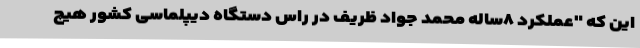
این که "عملکرد ۸ساله محمد جواد ظریف در راس دستگاه دیپلماسی کشور هیچ